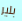
بلير